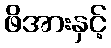
ဖိအားနှင့်